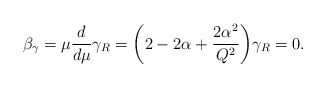
\begin{align*}\beta_{\gamma} = \mu {d \over d \mu} \gamma_R = \biggl(2 - 2 \alpha + {2\alpha^2 \over Q^2}\biggr) \gamma_R = 0.\end{align*}